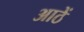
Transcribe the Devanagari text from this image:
आठें